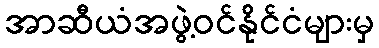
အာဆီယံအဖွဲ့ဝင်နိုင်ငံများမှ